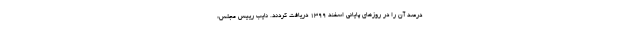
درصد آن را در روزهای پایانی اسفند ۱۳۹۹ دریافت کردند. نایب رییس مجلس: